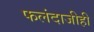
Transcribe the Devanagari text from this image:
फलंदाजीही